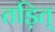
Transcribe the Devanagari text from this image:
तड़ित्‌